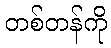
တစ်တန်ကို